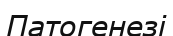
Патогенезі